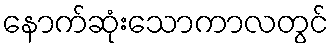
နောက်ဆုံးသောကာလတွင်